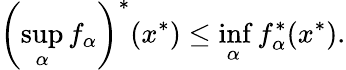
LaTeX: \left(\operatorname*{sup}_{\alpha}f_{\alpha}\right)^{*}(x^{*})\leq\operatorname*{inf}_{\alpha}f_{\alpha}^{*}(x^{*}).